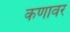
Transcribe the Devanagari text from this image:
कणावर